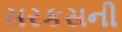
સરકસની